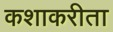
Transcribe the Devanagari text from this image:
कशाकरीता